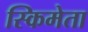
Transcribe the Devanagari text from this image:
स्किमेता